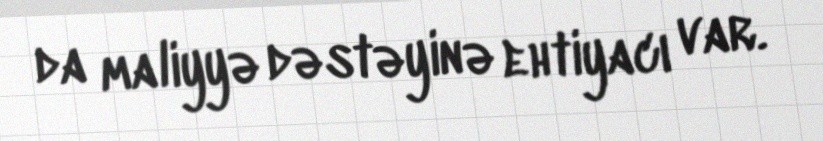
da maliyyə dəstəyinə ehtiyacı var.